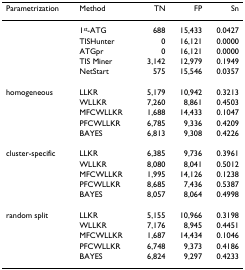
<table><thead><tr><td><b>Parametrization</b></td><td><b>Method</b></td><td><b>TN</b></td><td><b>FP</b></td><td><b>Sn</b></td></tr></thead><tbody><tr><td></td><td>1<sup><i>st</i></sup>-ATG</td><td>688</td><td>15,433</td><td>0.0427</td></tr><tr><td></td><td>TISHunter</td><td>0</td><td>16,121</td><td>0.0000</td></tr><tr><td></td><td>ATGpr</td><td>0</td><td>16,121</td><td>0.0000</td></tr><tr><td></td><td>TIS Miner</td><td>3,142</td><td>12,979</td><td>0.1949</td></tr><tr><td></td><td>NetStart</td><td>575</td><td>15,546</td><td>0.0357</td></tr><tr><td>homogeneous</td><td>LLKR</td><td>5,179</td><td>10,942</td><td>0.3213</td></tr><tr><td></td><td>WLLKR</td><td>7,260</td><td>8,861</td><td>0.4503</td></tr><tr><td></td><td>MFCWLLKR</td><td>1,688</td><td>14,433</td><td>0.1047</td></tr><tr><td></td><td>PFCWLLKR</td><td>6,785</td><td>9,336</td><td>0.4209</td></tr><tr><td></td><td>BAYES</td><td>6,813</td><td>9,308</td><td>0.4226</td></tr><tr><td>cluster-specific</td><td>LLKR</td><td>6,385</td><td>9,736</td><td>0.3961</td></tr><tr><td></td><td>WLLKR</td><td>8,080</td><td>8,041</td><td>0.5012</td></tr><tr><td></td><td>MFCWLLKR</td><td>1,995</td><td>14,126</td><td>0.1238</td></tr><tr><td></td><td>PFCWLLKR</td><td>8,685</td><td>7,436</td><td>0.5387</td></tr><tr><td></td><td>BAYES</td><td>8,057</td><td>8,064</td><td>0.4998</td></tr><tr><td>random split</td><td>LLKR</td><td>5,155</td><td>10,966</td><td>0.3198</td></tr><tr><td></td><td>WLLKR</td><td>7,176</td><td>8,945</td><td>0.4451</td></tr><tr><td></td><td>MFCWLLKR</td><td>1,687</td><td>14,434</td><td>0.1046</td></tr><tr><td></td><td>PFCWLLKR</td><td>6,748</td><td>9,373</td><td>0.4186</td></tr><tr><td></td><td>BAYES</td><td>6,824</td><td>9,297</td><td>0.4233</td></tr></tbody></table>